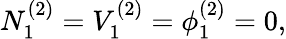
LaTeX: N_{1}^{(2)}=V_{1}^{(2)}=\phi_{1}^{(2)}=0,